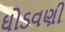
ઘોડવણી